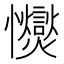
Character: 𢥥